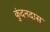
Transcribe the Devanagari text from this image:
कुंदनदास